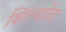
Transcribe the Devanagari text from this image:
शिल्पवेद